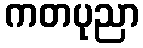
ကတပုညာ